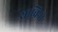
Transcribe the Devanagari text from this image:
साबिना